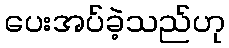
ပေးအပ်ခဲ့သည်ဟု